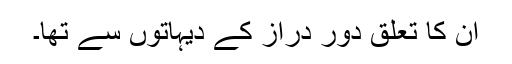
اُن کا تعلق دور دراز کے دیہاتوں سے تھا۔